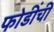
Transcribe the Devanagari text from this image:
फोडींची